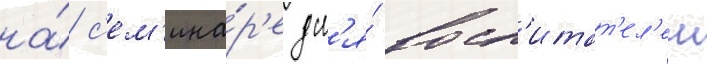
на́ с'ем'ина́р'е дл'я́ восп'итат'ел'еи